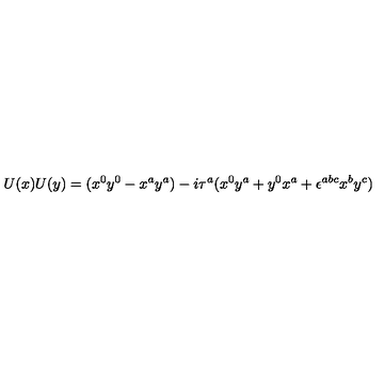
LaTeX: U ( x ) U ( y ) = ( x ^ { 0 } y ^ { 0 } - x ^ { a } y ^ { a } ) - i \tau ^ { a } ( x ^ { 0 } y ^ { a } + y ^ { 0 } x ^ { a } + \epsilon ^ { a b c } x ^ { b } y ^ { c } )